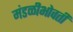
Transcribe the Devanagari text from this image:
मंडळीभोवती